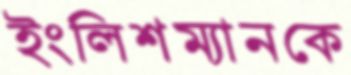
ইংলিশম্যানকে